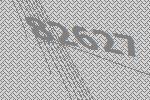
82627